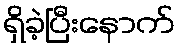
ရှိခဲ့ပြီးနောက်